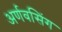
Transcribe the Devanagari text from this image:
अर्णवसिंग